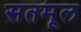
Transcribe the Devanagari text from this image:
सतमूल